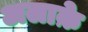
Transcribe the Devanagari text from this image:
अलाक़े